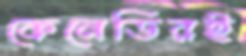
কেনেডিরই